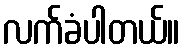
လက်ခံပါတယ်။